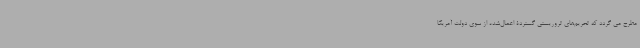
مطرح می گردد که تحریم‌های تروریستی گستردۀ اعمال‌شده از سوی دولت آمریکا